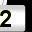
Digit: 2